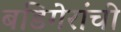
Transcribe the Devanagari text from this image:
बडिगेरांची